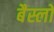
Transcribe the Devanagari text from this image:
बैस्लो